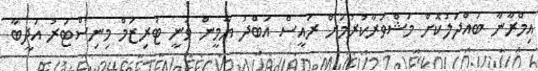
އިމްރާނާ ބައްދަލުކޮށް މަޝްވަރާކުރުމަށް ރައީސް އަބްދު ޔާމީން ވަނީ ޓުރިޒަމް މިނިސްޓަރު އަދީބާ